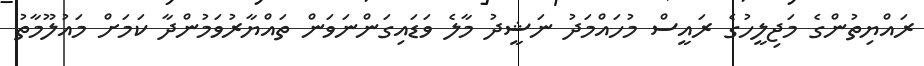
ރައްޔިތުންގެ މަޖިލީހުގެ ރައީސް މުހައްމަދު ނަޝީދު މާލެ ވަޑައިގަންނަވަން ތައްޔާރުވަމުންދާ ކަމަށް މައުލޫމާތު